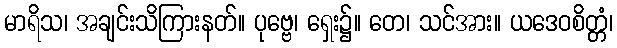
မာရိသ၊ အချင်းသိကြားနတ်။ ပုဗ္ဗေ၊ ရှေး၌။ တေ၊ သင်အား။ ယဒေဝစိတ္တံ၊